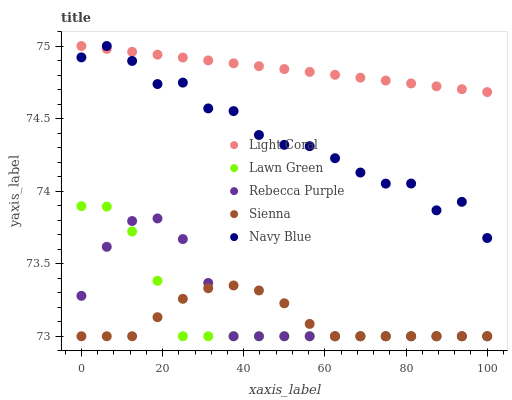
| xaxis_label | Light Coral | Lawn Green | Rebecca Purple | Sienna | Navy Blue |
 | --- | --- | --- | --- | --- | --- |
 | 0 | 75 | 73.9 | 73.3 | 73 | 74.9 |
 | 6.25 | 75 | 73.9 | 73.6 | 73 | 75 |
 | 12.5 | 75 | 73.7 | 73.8 | 73 | 74.9 |
 | 18.8 | 74.9 | 73.4 | 73.8 | 73.1 | 74.7 |
 | 25 | 74.9 | 73 | 73.7 | 73.3 | 74.7 |
 | 31.2 | 74.9 | 73 | 73.4 | 73.3 | 74.6 |
 | 37.5 | 74.9 | 73 | 73 | 73.4 | 74.6 |
 | 43.8 | 74.9 | 73 | 73 | 73.3 | 74.4 |
 | 50 | 74.8 | 73 | 73 | 73.2 | 74.3 |
 | 56.2 | 74.8 | 73 | 73 | 73.1 | 74.3 |
 | 62.5 | 74.8 | 73 | 73 | 73 | 74.2 |
 | 68.8 | 74.8 | 73 | 73 | 73 | 74.1 |
 | 75 | 74.8 | 73 | 73 | 73 | 74.1 |
 | 81.2 | 74.7 | 73 | 73 | 73 | 74.1 |
 | 87.5 | 74.7 | 73 | 73 | 73 | 73.9 |
 | 93.8 | 74.7 | 73 | 73 | 73 | 73.9 |
 | 100 | 74.7 | 73 | 73 | 73 | 73.7 |